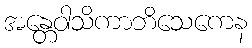
အန္တေဝါသိကာဘိသေကေန